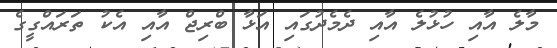
މާލެ އާއި ހުޅުލެ އާއި ދެމެދުގައި އަޅާ ބްރިޖް އާއި އެކު ތަަރައްގީގެ